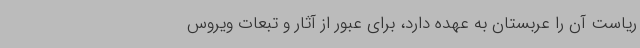
ریاست آن را عربستان به عهده دارد، برای عبور از آثار و تبعات ویروس